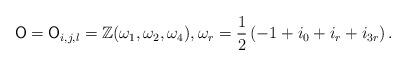
LaTeX: \begin{align*} \mathsf{O} = \mathsf{O}_{i,j,l} = \mathbb{Z}(\omega_{1}, \omega_{2}, \omega_{4}), \omega_{r} = \frac{1}{2}\left(-1 + i_0 + i_r + i_{3r}\right).\end{align*}